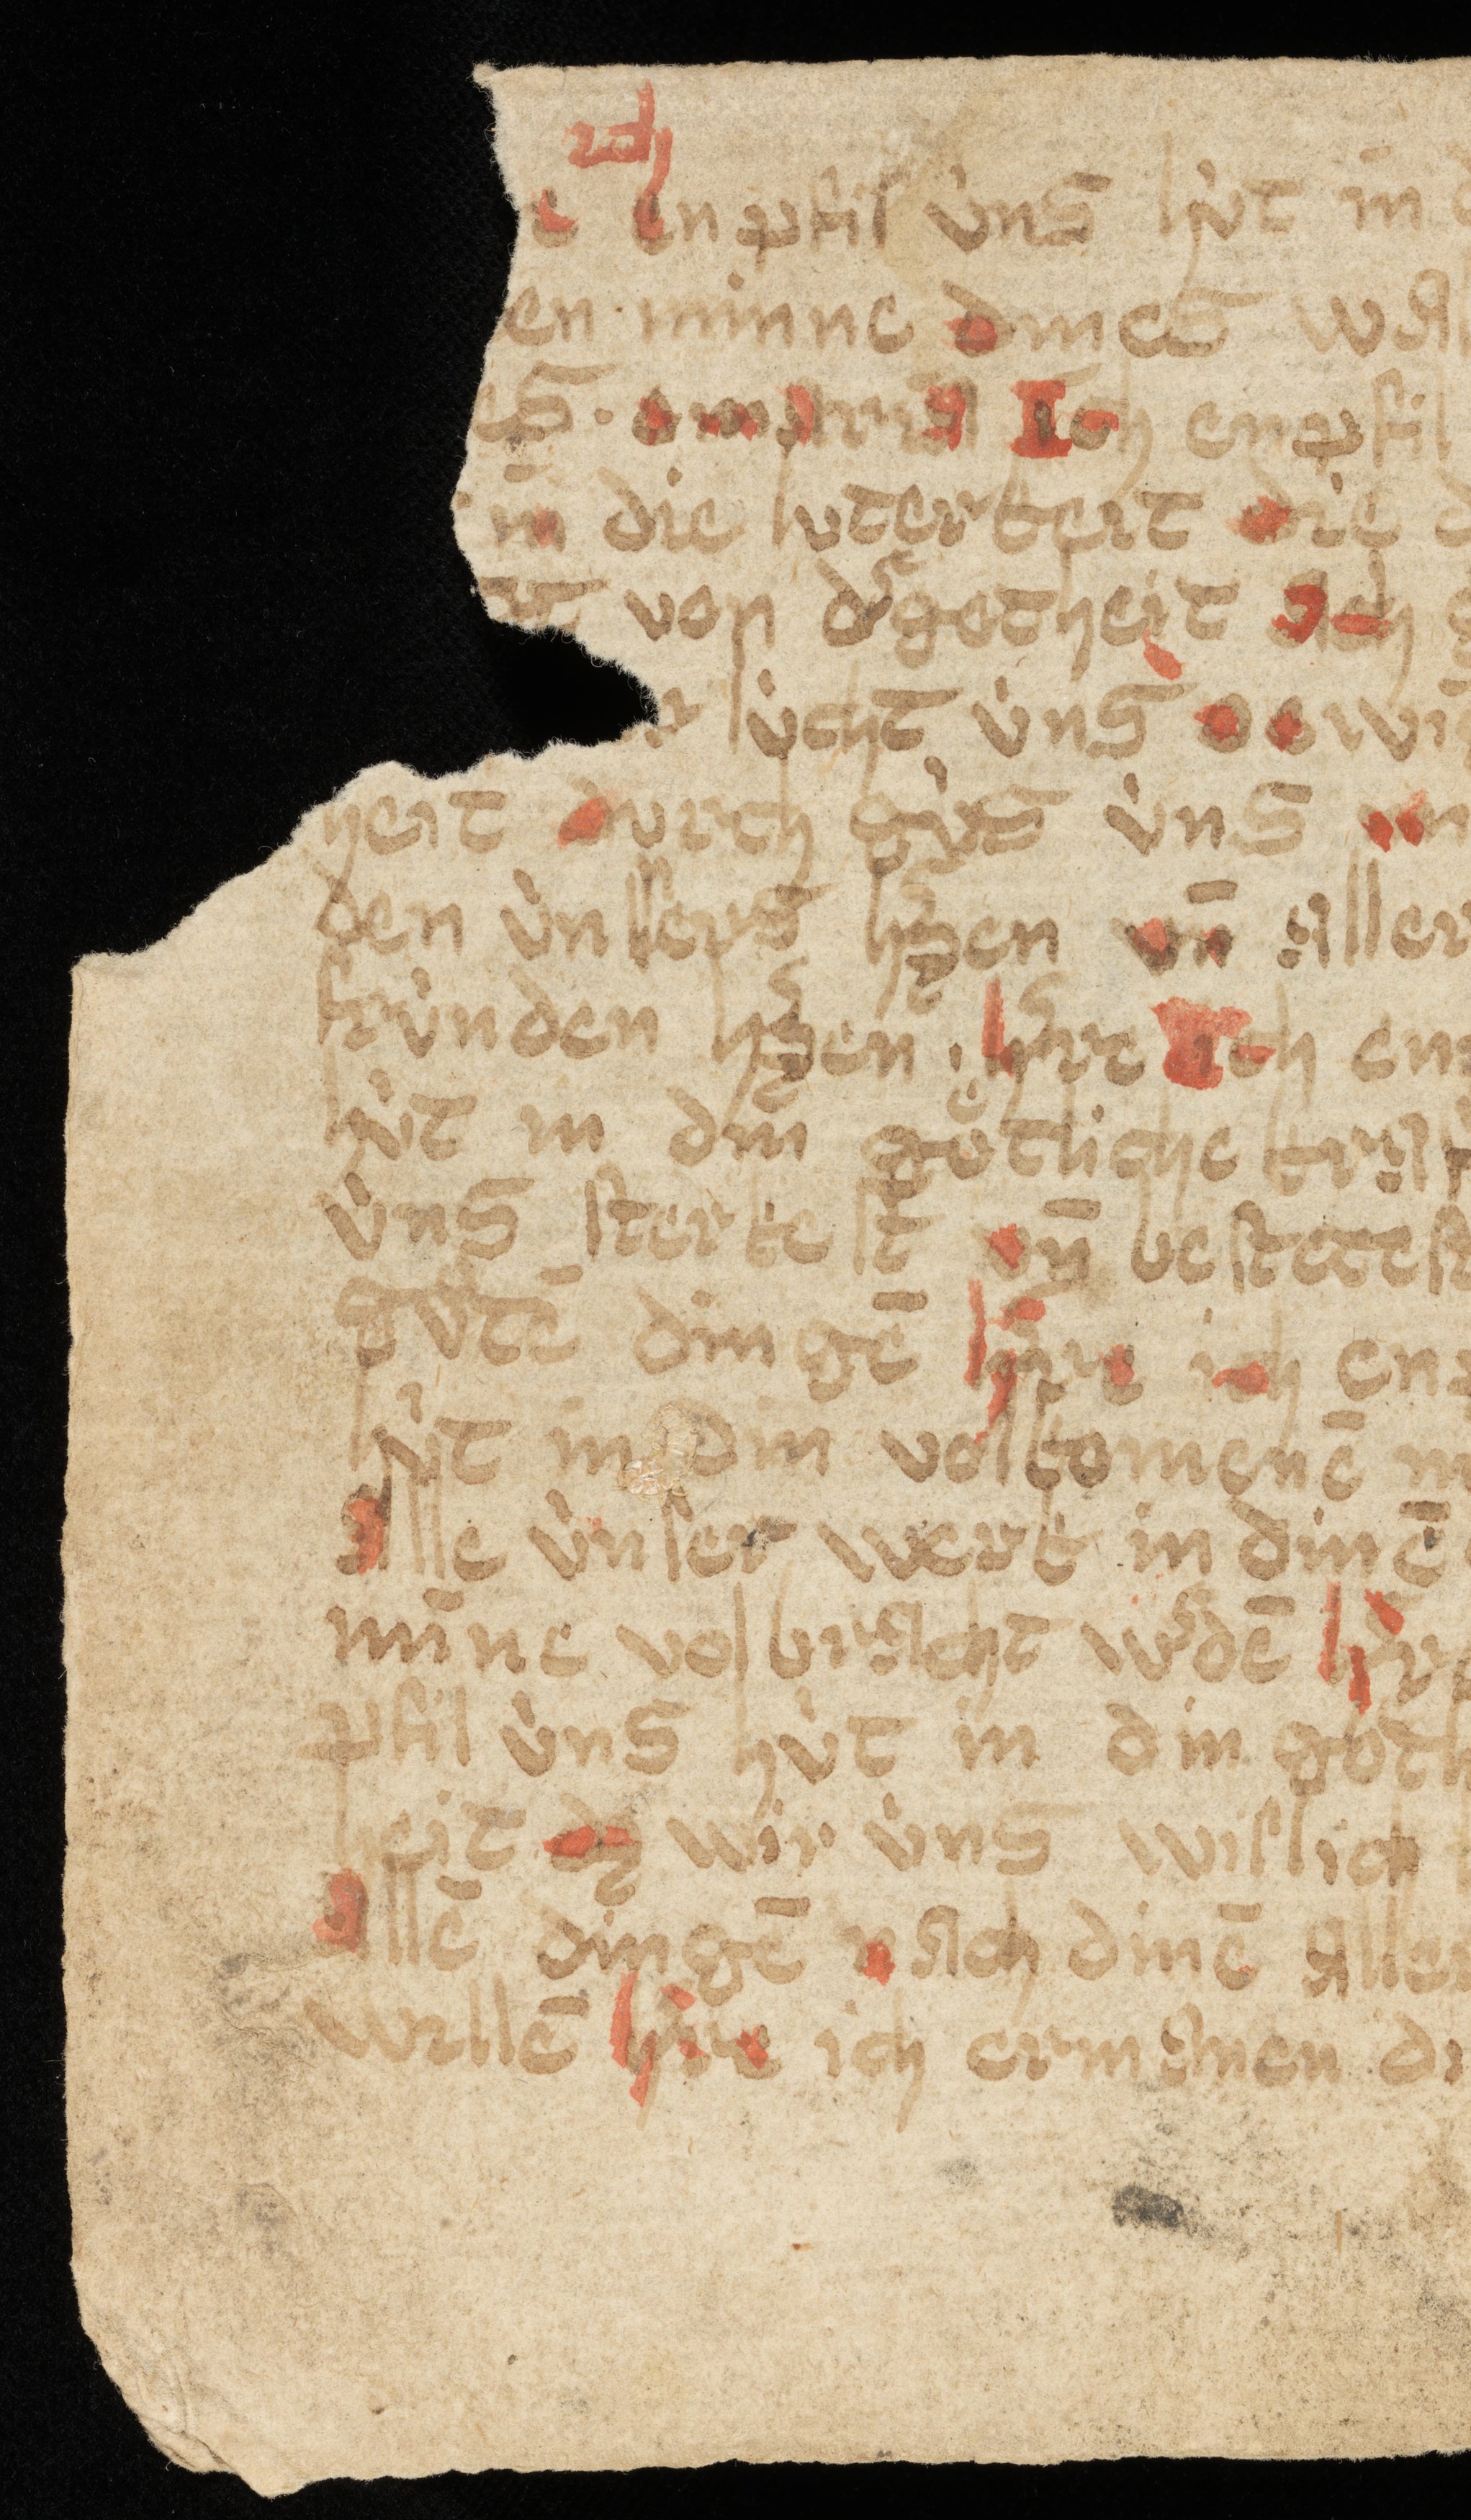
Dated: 1400–1424